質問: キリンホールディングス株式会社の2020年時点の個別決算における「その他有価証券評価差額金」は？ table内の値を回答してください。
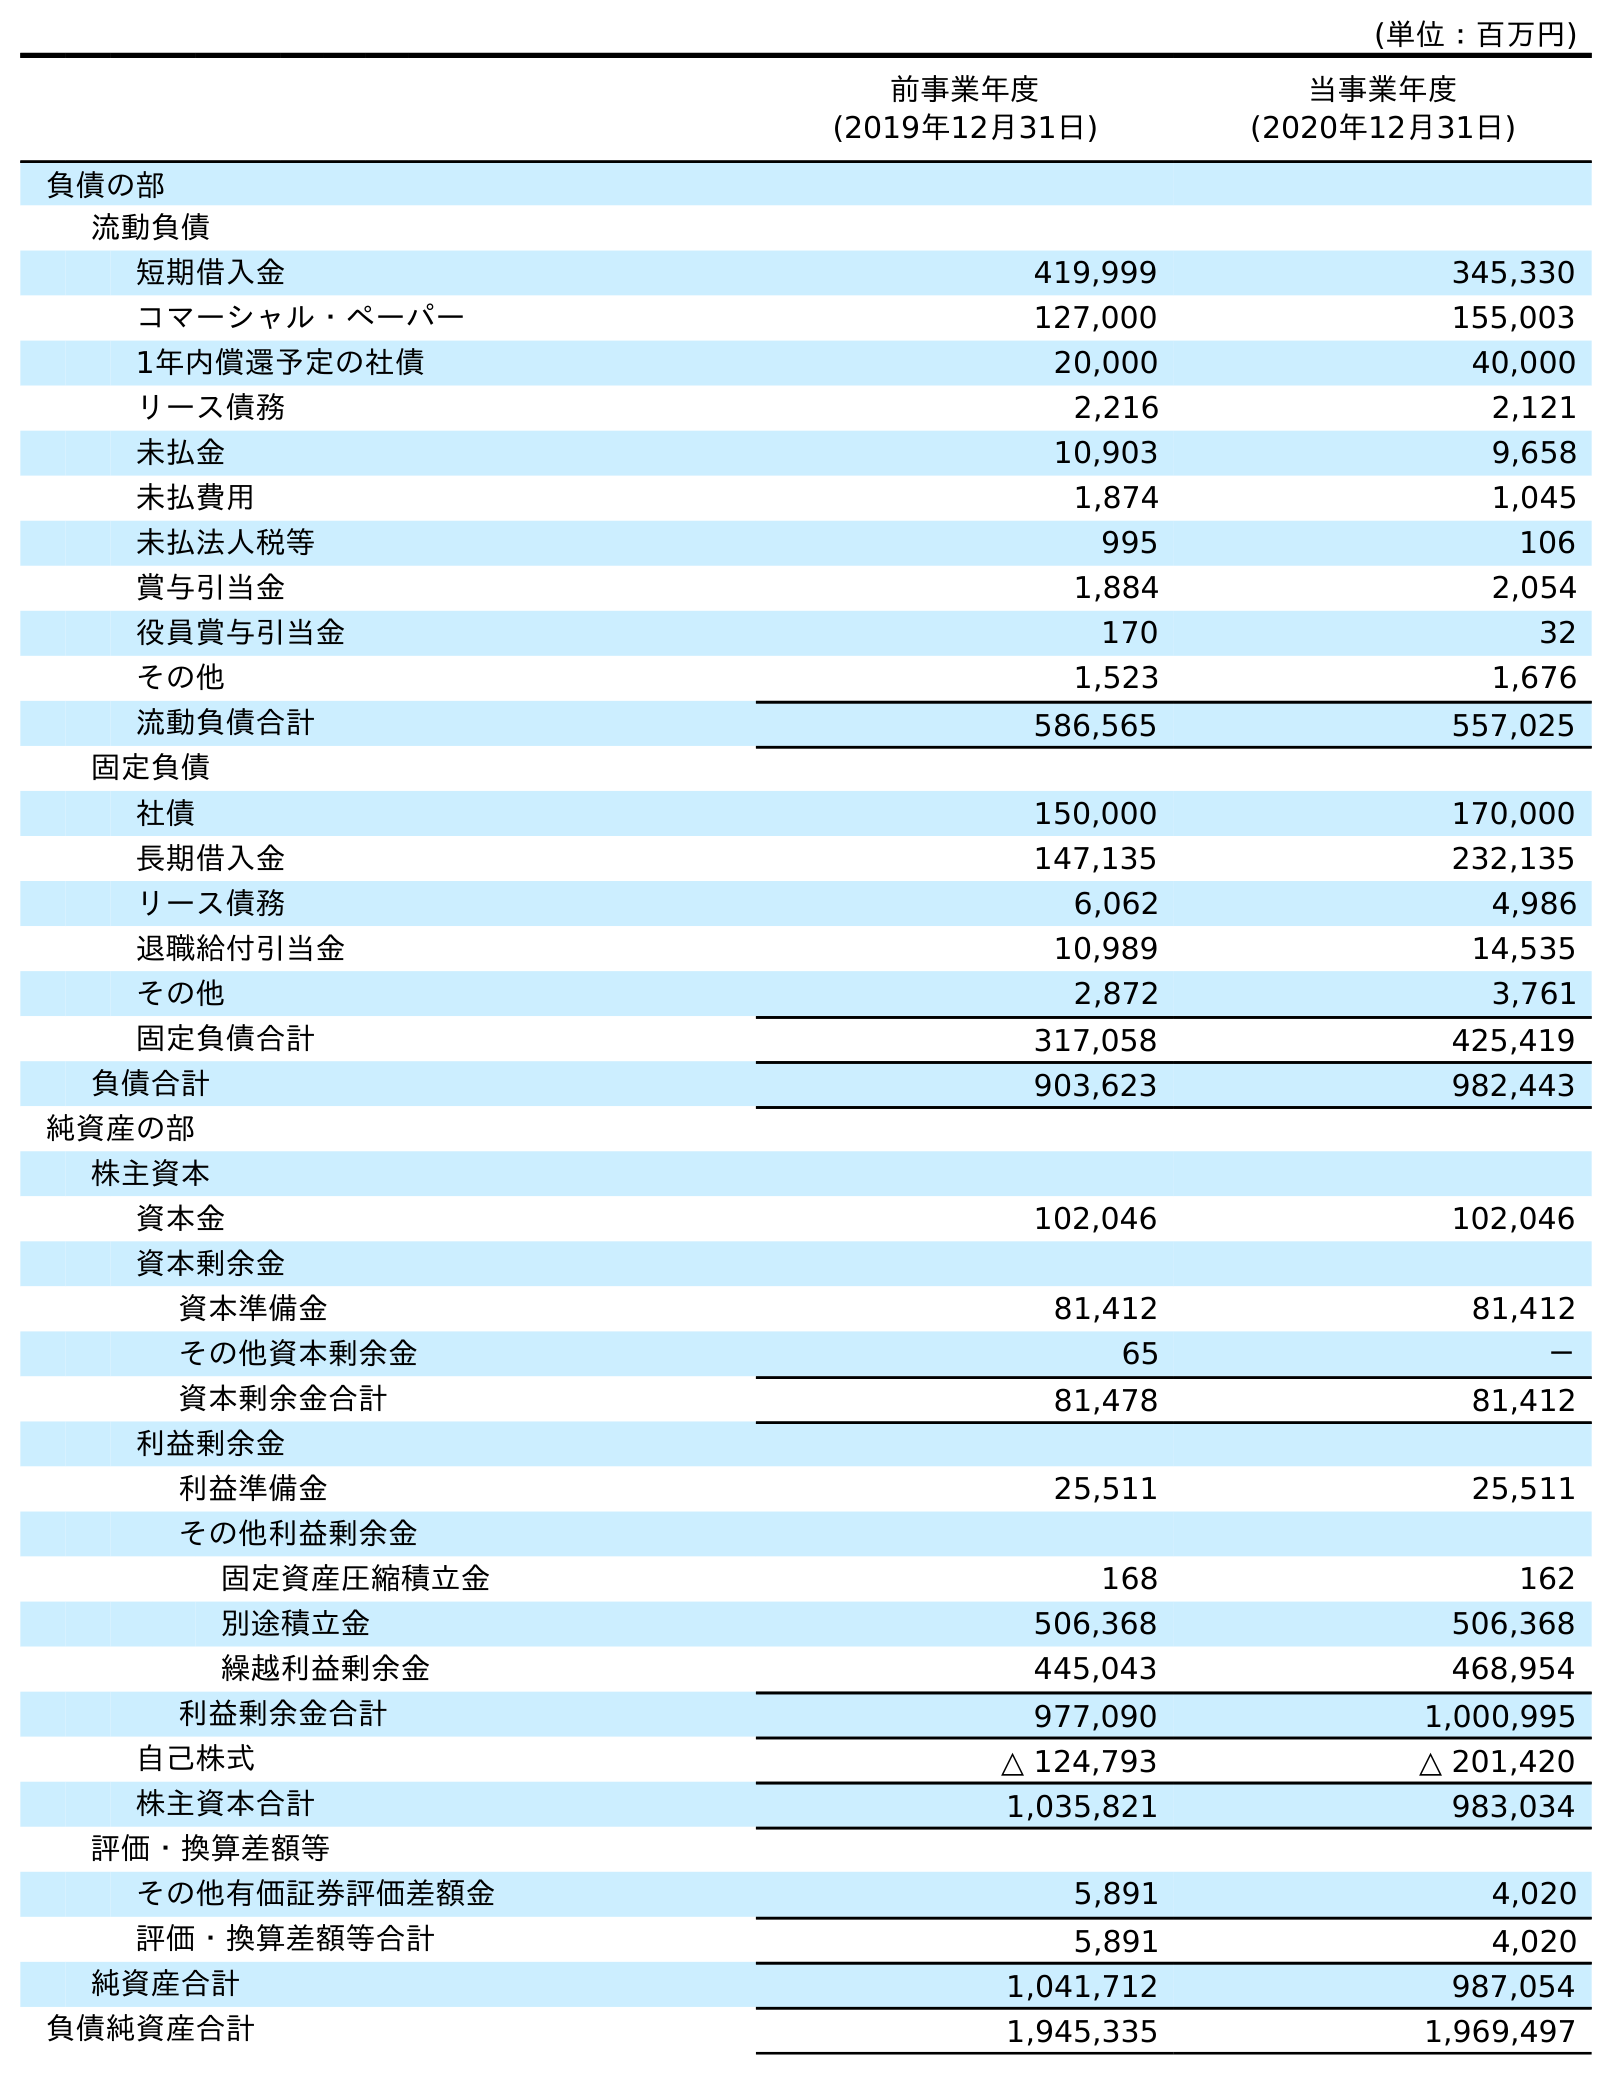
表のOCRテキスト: (単位：百万円) 前事業年度 (2019年12月31日) 当事業年度 (2020年12月31日) 負債の部 流動負債 短期借入金 419,999 345,330 コマーシャル・ペーパー 127,000 155,003 1年内償還予定の社債 20,000 40,000 リース債務 2,216 2,121 未払金 10,903 9,658 未払費用 1,874 1,045 未払法人税等 995 106 賞与引当金 1,884 2,054 役員賞与引当金 170 32 その他 1,523 1,676 流動負債合計 586,565 557,025 固定負債 社債 150,000 170,000 長期借入金 147,135 232,135 リース債務 6,062 4,986 退職給付引当金 10,989 14,535 その他 2,872 3,761 固定負債合計 317,058 425,419 負債合計 903,623 982,443 純資産の部 株主資本 資本金 102,046 102,046 資本剰余金 資本準備金 81,412 81,412 その他資本剰余金 65 － 資本剰余金合計 81,478 81,412 利益剰余金 利益準備金 25,511 25,511 その他利益剰余金 固定資産圧縮積立金 168 162 別途積立金 506,368 506,368 繰越利益剰余金 445,043 468,954 利益剰余金合計 977,090 1,000,995 自己株式 △ 124,793 △ 201,420 株主資本合計 1,035,821 983,034 評価・換算差額等 その他有価証券評価差額金 5,891 4,020 評価・換算差額等合計 5,891 4,020 純資産合計 1,041,712 987,054 負債純資産合計 1,945,335 1,969,497
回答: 4,020